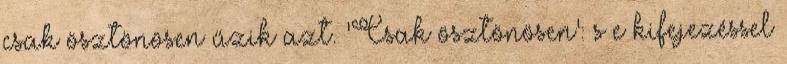
csak ösztönösen űzik azt. ‘Csak ösztönösen’: s e kifejezéssel